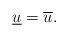
LaTeX: \begin{align*}\underline{u}= \overline{u}.\end{align*}